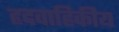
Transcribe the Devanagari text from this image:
हृदवाहिकीय